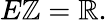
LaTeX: E\mathbb{Z}=\mathbb{R}.